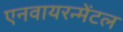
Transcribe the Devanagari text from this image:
एनवायरन्मेंटल